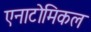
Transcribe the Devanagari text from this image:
एनाटोमिकल